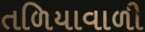
તળિયાવાળી